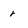
Character: r